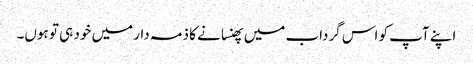
اپنے آپ کو اس گرداب میں پھنسانے کا ذمہ دار میں خود ہی تو ہوں۔